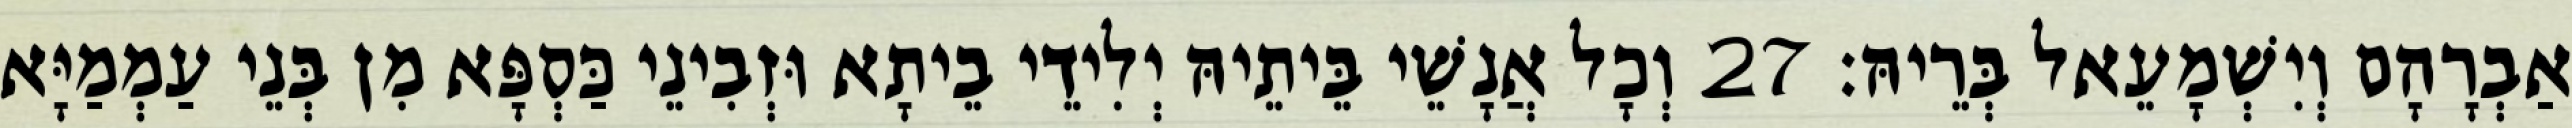
אַבְרָהָם וְיִשְׁמָעֵאל בְּרֵיהּ׃ 27 וְכָל אֲנָשֵׁי בֵּיתֵיהּ יְלִידֵי בֵיתָא וּזְבִינֵי כַּסְפָּא מִן בְּנֵי עַמְמַיָּא